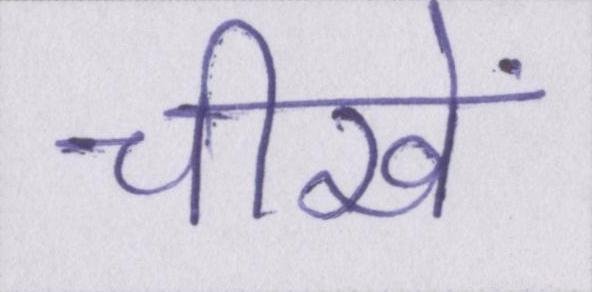
चीखें